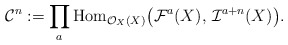
\begin{align*} {\mathcal C}^n:=\prod_{a}{\rm Hom}_{ {\mathcal O}_X(X)}\big({\mathcal F}^a(X),\,{\mathcal I}^{a+n}(X)\big). \end{align*}